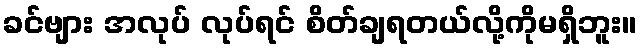
ခင်ဗျား အလုပ် လုပ်ရင် စိတ်ချရတယ်လို့ကိုမရှိဘူး။